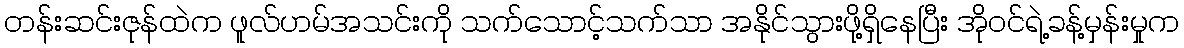
တန်းဆင်းဇုန်ထဲက ဖူလ်ဟမ်အသင်းကို သက်သောင့်သက်သာ အနိုင်သွားဖို့ရှိနေပြီး အိုဝင်ရဲ့ခန့်မှန်းမှုက